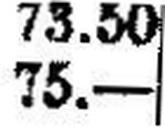
75.—